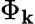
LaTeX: \Phi_{\mathbf{k}}